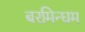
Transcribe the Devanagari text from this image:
बरमिन्घम